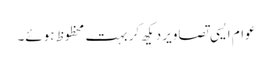
عوام ایسی تصاویر دیکھ کر بہت محظوظ ہوئے۔